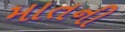
માતની